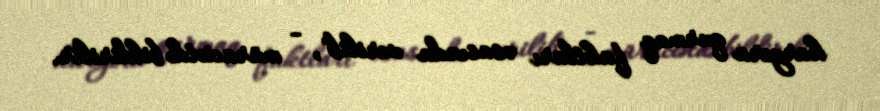
karyera qurmaq faktları əsasında verilib", - müraciətdə bildirilir.